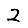
Digit: 2